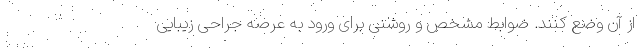
از آن وضع کنند. ضوابط مشخص و روشنی برای ورود به عرصه جراحی زیبایی